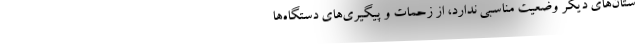
ستان‌های دیگر وضعیت مناسبی ندارد، از زحمات و پیگیری‌های دستگاه‌ها